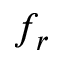
f _ { r }